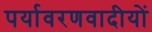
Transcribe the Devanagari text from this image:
पर्यावरणवादीयों